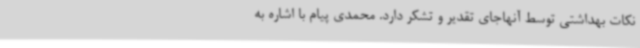
نکات بهداشتی توسط آنهاجای تقدیر و تشکر دارد. محمدی پیام با اشاره به